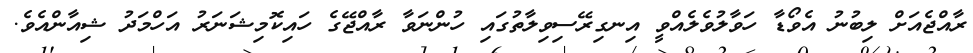
ރާއްޖެއަށް ލިބުނު އެވޯޑާ ހަވާލުވެލެއްވީ އިނގިރޭސިވިލާތުގައި ހުންނަވާ ރާއްޖޭގެ ހައިކޮމިޝަނަރު އަހްމަދު ޝިއާންއެވެ.